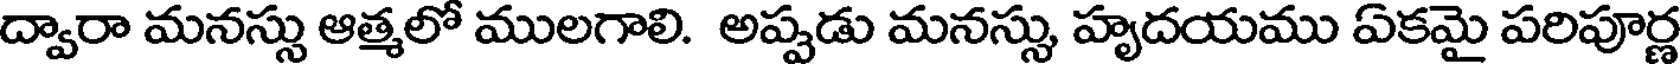
ద్వారా మనస్సు ఆత్మలో ములగాలి. అప్పడు మనస్సు హృదయము ఏకమై పరిపూర్ణ